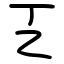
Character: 㐉